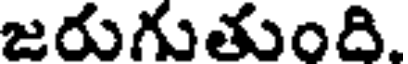
జరుగుతుంది.